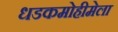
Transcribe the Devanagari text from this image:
धडकमोहीमेला